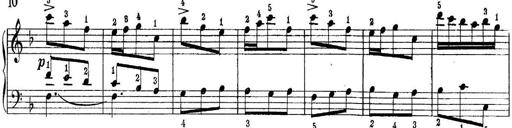
Title: Quatres sonatines
Composer: Tadeusz Joteyko